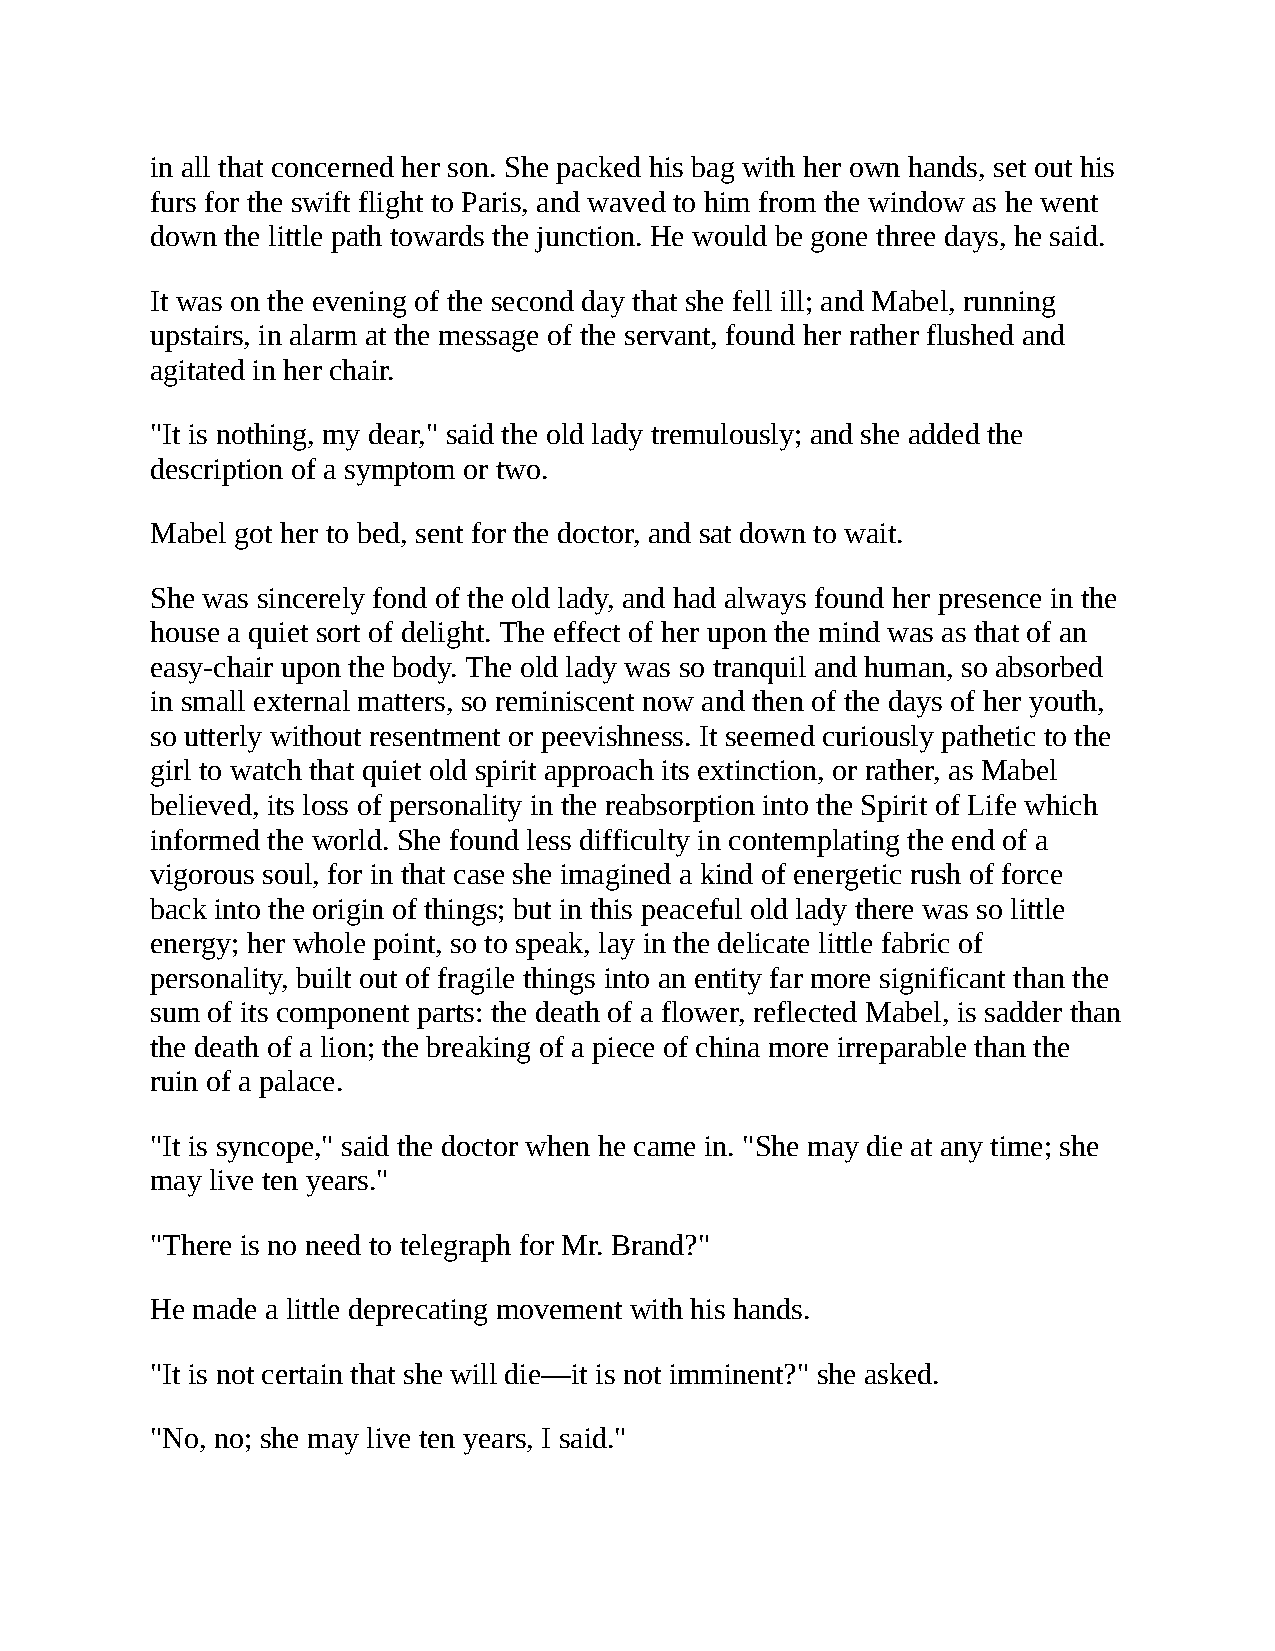
in all that concerned her son. She packed his bag with her own hands, set out his
 furs for the swift flight to Paris, and waved to him from the window as he went
 down the little path towards the junction. He would be gone three days, he said.
 It was on the evening of the second day that she fell ill; and Mabel, running
 upstairs, in alarm at the message of the servant, found her rather flushed and
 agitated in her chair.
 "It is nothing, my dear," said the old lady tremulously; and she added the
 description of a symptom or two.
 Mabel got her to bed, sent for the doctor, and sat down to wait.
 She was sincerely fond of the old lady, and had always found her presence in the
 house a quiet sort of delight. The effect of her upon the mind was as that of an
 easy-chair upon the body. The old lady was so tranquil and human, so absorbed
 in small external matters, so reminiscent now and then of the days of her youth,
 so utterly without resentment or peevishness. It seemed curiously pathetic to the
 girl to watch that quiet old spirit approach its extinction, or rather, as Mabel
 believed, its loss of personality in the reabsorption into the Spirit of Life which
 informed the world. She found less difficulty in contemplating the end of a
 vigorous soul, for in that case she imagined a kind of energetic rush of force
 back into the origin of things; but in this peaceful old lady there was so little
 energy; her whole point, so to speak, lay in the delicate little fabric of
 personality, built out of fragile things into an entity far more significant than the
 sum of its component parts: the death of a flower, reflected Mabel, is sadder than
 the death of a lion; the breaking of a piece of china more irreparable than the
 ruin of a palace.
 "It is syncope," said the doctor when he came in. "She may die at any time; she
 may live ten years."
 "There is no need to telegraph for Mr. Brand?"
 He made a little deprecating movement with his hands.
 "It is not certain that she will die—it is not imminent?" she asked.
 "No, no; she may live ten years, I said."